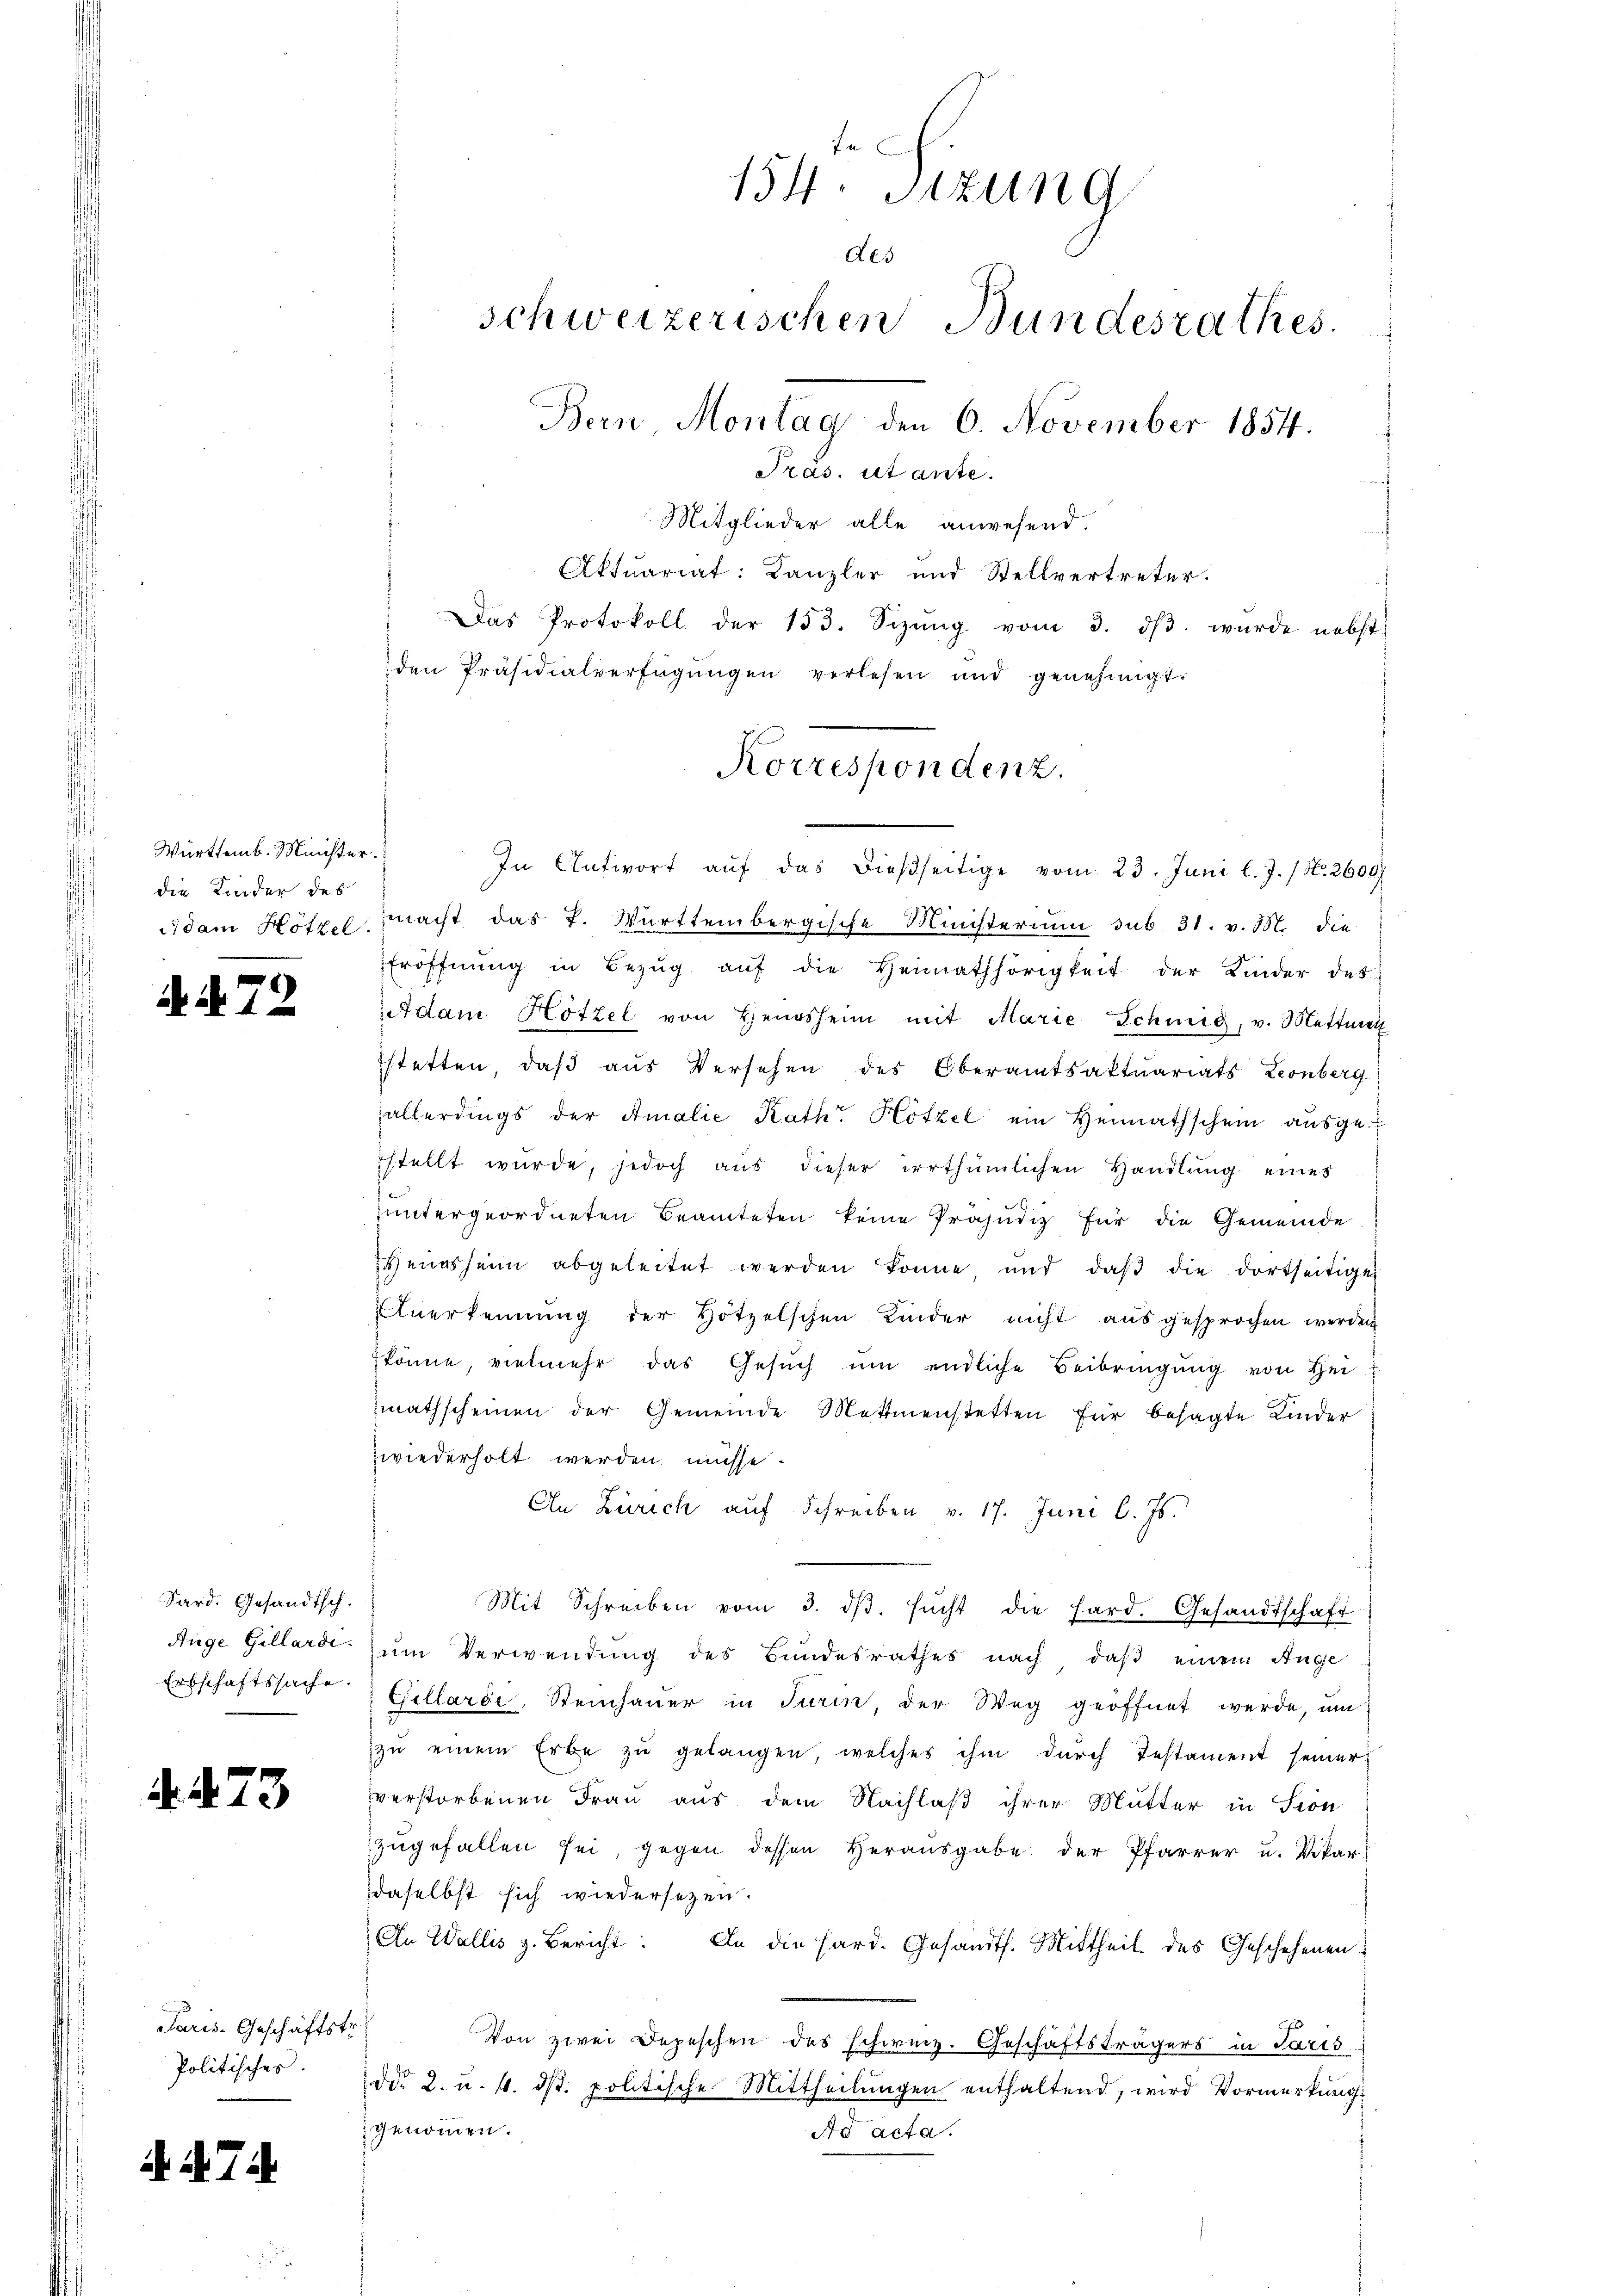
Württemb. Minister.
die Kinder des

4473

Paris. Geschäftstr
Politischer.

. Nr. 72.

Sard. Gesandtsch.
Auge Gillardi.
Erbschaftssache.

A . 74

s

154. Sitzung
des
schweizerischen Bundesrathes.
Bern, Montag den 6. November 1854.
Pras. utante.
Mitglieder alle anwesend.

Korrespondenz.

In Antwort aŭf das dießseitige vom 23. Juni l. J. / No. 2600f
dam Hötzel macht das J. Württembergische Ministerium sub 31. v. M. die
Eröffnŭng in Bezŭg aŭf die Heimathörigkeit der Kinder des
Adam Hötzel von Hengsheim mit Marie Schinig, v. Mettmen
stetten, daß aus Versehen des Oberamtsaktuariats Leonberg
allerdings der Amalie Rath Hötzel ein Heimathschein ausge-
stellt wurde, jedoch aus dieser irrthümlichen Handlung eines
untergeordneten Beamteten keine Präjudiz für die Gemeinde
Weinsheim abgeleitet werden könne und daβ die dortseitiges
Anerkennung der Hötzelschen Kinder nicht ausgesprochen werden
könne, vielmehr das Gesŭch ŭm endliche Beibringŭng von Hei
mathscheinen der Gemeinde Mettmenstetten für besagte Kinder
wiederholt werden müsse.
An Zürich auf Schreiben v. 17. Juni l. Js.
.
Mit Schreiben vom 3. dβ. sŭcht die Hard. Gesandtschaft
um Verwendung des Bundesrathes nach, daß einem Ange
Gillardi, Steinhauer in Turin, der Weg geöffnet werde, um
zŭ einem Erbe zu gelangen, welches ihm durch Testament seiner
verstorbenen Frau aus dem Nachlaß ihrer Mutter in Seon
zŭgefallen sei, gegen dessen Heraŭsgabe der Pfarrer u. Vikar
daselbst sich wiedersezen.
An Wallis z. Bericht: An die Hard. Gesandts. Mittheil des Geschehenen
¬
Von zwei Depeschen des schweiz. Geschäftsträgers in Paris
ddo 2. u. 4. dβ. politische Mittheilungen enthaltend, wird Vormerkung:
genommen.
Ad acta.

Aktuariat: Kanzler und Stellvertreter.
Das Protokoll der 153. Sizŭng vom 3. dβ. wurde nebst
den Präsidialverfügŭngen verlesen und genehmigt.